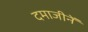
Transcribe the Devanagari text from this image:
दमाजीनें